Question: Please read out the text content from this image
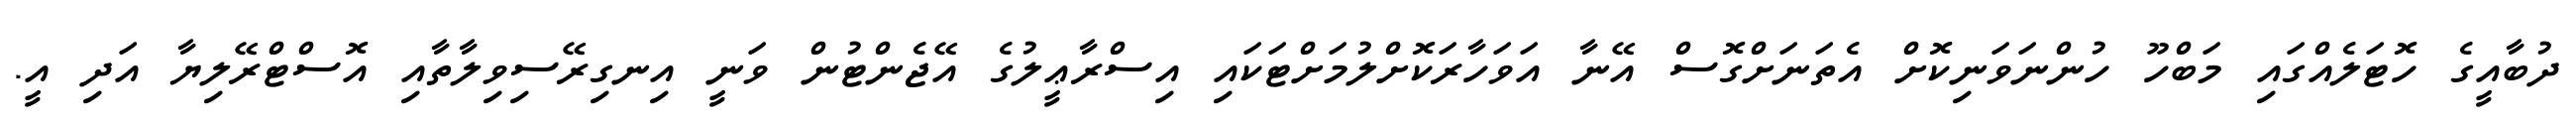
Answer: ދުބާއީގެ ހޮޓަލެއްގައި މަބްހޫ ހުންނަވަނިކޮށް އެތަނަށްގޮސް އޭނާ އަވަހާރަކޮށްލުމަށްޓަކައި އިސްރާޢީލުގެ އޭޖެންޓުން ވަނީ އިނގިރޭސިވިލާތާއި އޮސްޓްރޭލިޔާ އަދި އީ.